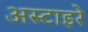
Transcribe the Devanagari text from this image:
अस्टाइरे